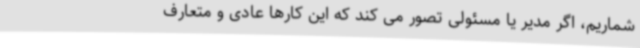
شماریم، اگر مدیر یا مسئولی تصور می کند که این کارها عادی و متعارف